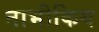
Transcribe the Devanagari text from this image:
नाभीकिय